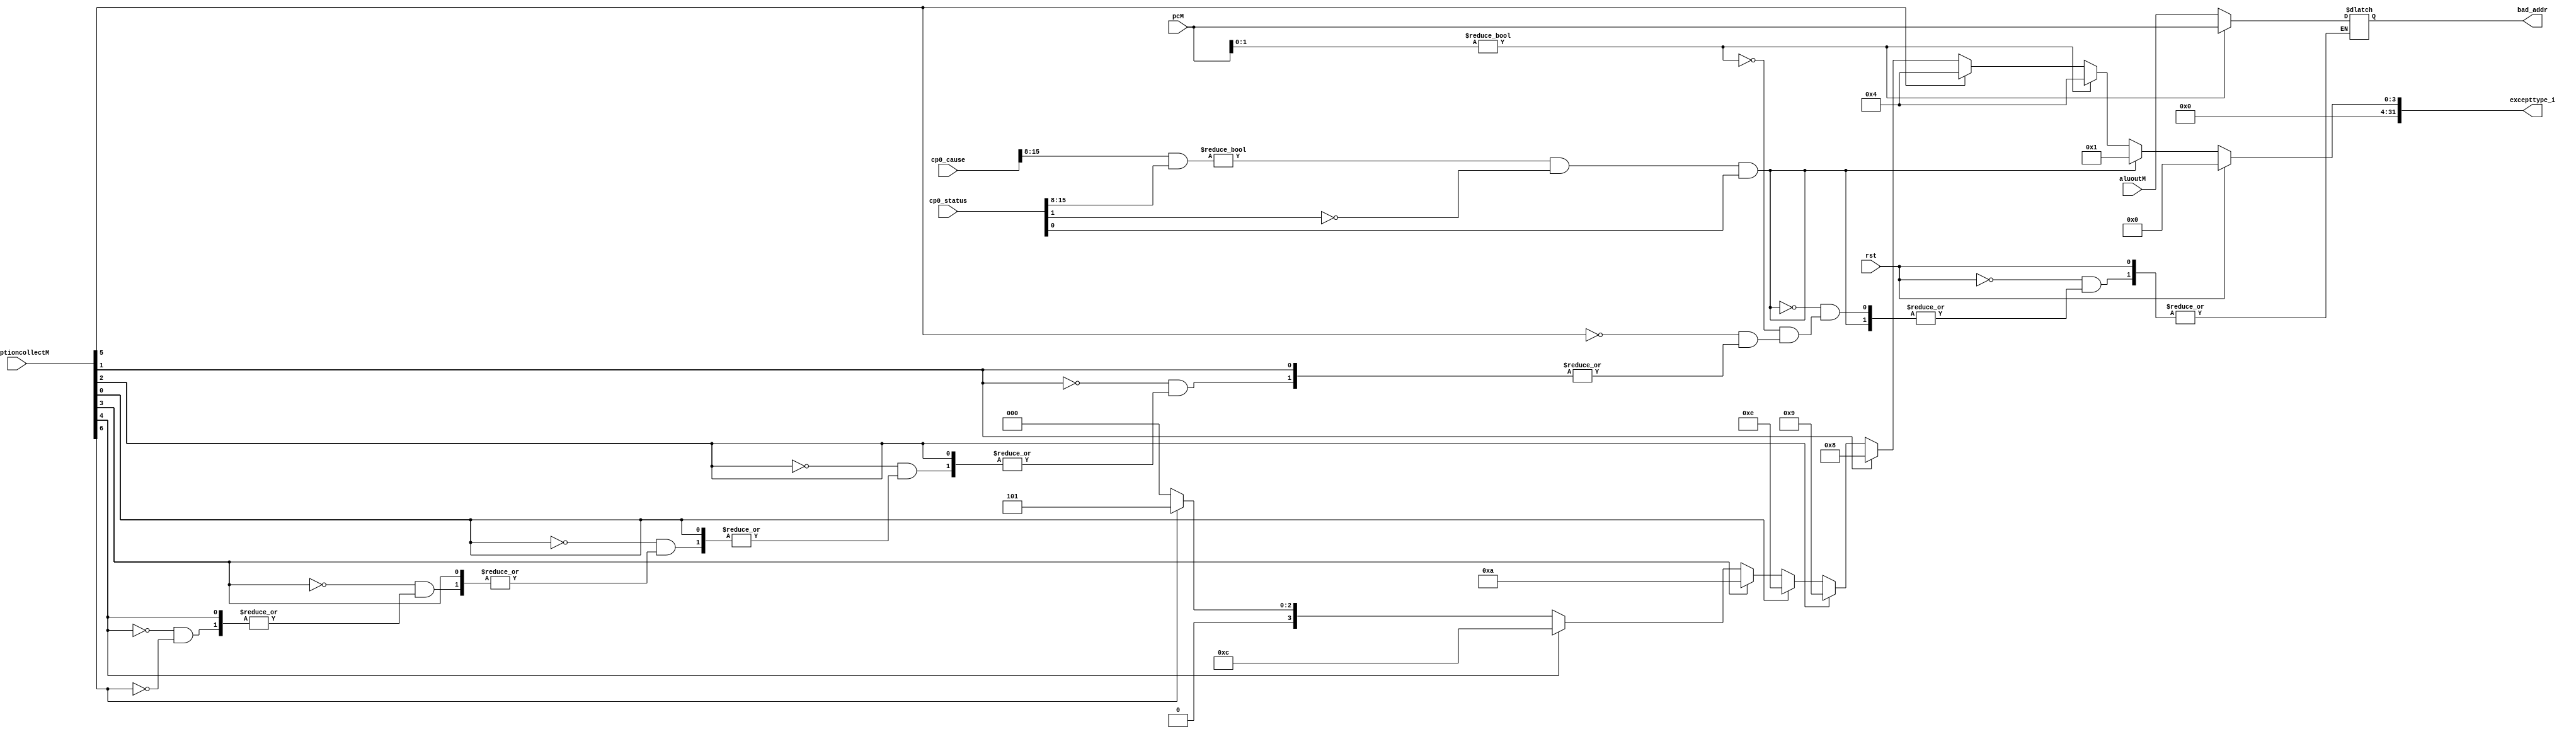
`timescale 1ns / 1ps
//////////////////////////////////////////////////////////////////////////////////
// Company: 
// Engineer: 
// 
// Design Name: 
// Module Name: exception_type
// Project Name: 
// Target Devices: 
// Tool Versions: 
// Description: 
// 
// Dependencies: 
// 
// Revision:
// Revision 0.01 - File Created
// Additional Comments:
// 
//////////////////////////////////////////////////////////////////////////////////


module exception_type(
	input rst,
	input [31:0] pcM,
	input [7:0] exceptioncollectM,
	input wire[31:0] cp0_status,cp0_cause,aluoutM,
	output reg [31:0] excepttype_i,bad_addr
    );
	//0:eret,1:syscall,2:break,3:reserve,4:orveflow,5:adelM,6:adesM
	always @(*) 
	begin
		if(rst) excepttype_i <= 32'h0000_0000;
		else 
		begin
			if(((cp0_cause[15:8] & cp0_status[15:8]) != 8'h00) &&
				 	(cp0_status[1] == 1'b0) && (cp0_status[0] == 1'b1))
				excepttype_i <= 32'h00000001;
			else if(pcM[1:0]!=2'b00)	
				begin 
					excepttype_i <= 32'h0000_0004;
					bad_addr <= pcM;
				 end 
			else if(exceptioncollectM[5])
			begin
				excepttype_i <= 32'h0000_0004;
				bad_addr <= aluoutM;
			end
			else if(exceptioncollectM[1])	excepttype_i <= 32'h0000_0008;
			else if(exceptioncollectM[2])	excepttype_i <= 32'h0000_0009;
			else if(exceptioncollectM[0])	excepttype_i <= 32'h0000_000e;
			else if(exceptioncollectM[3])	excepttype_i <= 32'h0000_000a;
			else if(exceptioncollectM[4])	excepttype_i <= 32'h0000_000c;
			else if(exceptioncollectM[6])	
			begin 
				excepttype_i <= 32'h0000_0005;
				bad_addr<=aluoutM;
			end
			else	excepttype_i <= 32'h0000_0000;
		end
	end
endmodule